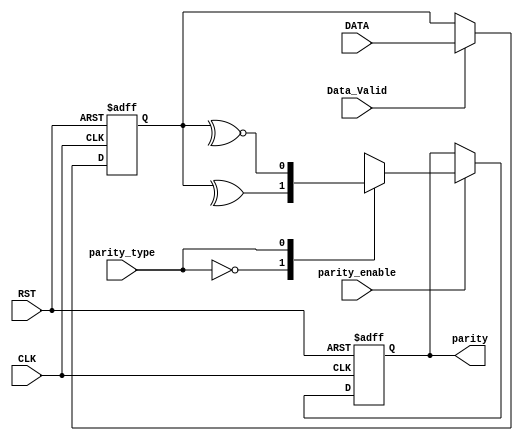
module parity_calc # ( parameter WIDTH = 8 )

(
 input   wire                  CLK,
 input   wire                  RST,
 input   wire                  parity_enable,
 input   wire                  parity_type,
 input   wire   [WIDTH-1:0]    DATA,
 input   wire                  Data_Valid,
 output  reg                   parity 
);

reg  [WIDTH-1:0]    DATA_V ;

//isolate input 
always @ (posedge CLK or negedge RST)
 begin
  if(!RST)
   begin
    DATA_V <= 'b0 ;
   end
  else if(Data_Valid)
   begin
    DATA_V <= DATA ;
   end 
 end
 

always @ (posedge CLK or negedge RST)
 begin
  if(!RST)
   begin
    parity <= 'b0 ;
   end
  else
   begin
    if (parity_enable)
	 begin
	  case(parity_type)
	  1'b0 : begin                 
	          parity <= ^DATA_V  ;     // Even Parity
	         end
	  1'b1 : begin
	          parity <= ~^DATA_V ;     // Odd Parity
	         end		
	  endcase       	 
	 end
   end
 end 


endmodule